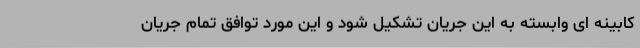
کابینه ای وابسته به این جریان تشکیل شود و این مورد توافق تمام جریان